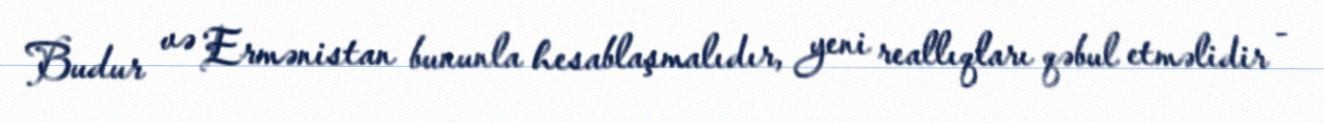
Budur və Ermənistan bununla hesablaşmalıdır, yeni reallıqları qəbul etməlidir -